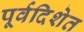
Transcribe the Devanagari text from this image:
पूर्वदिशेत